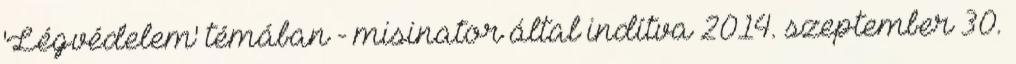
'Légvédelem' témában - misinator által indítva 2014. szeptember 30.